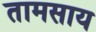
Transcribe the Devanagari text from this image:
तामसाय